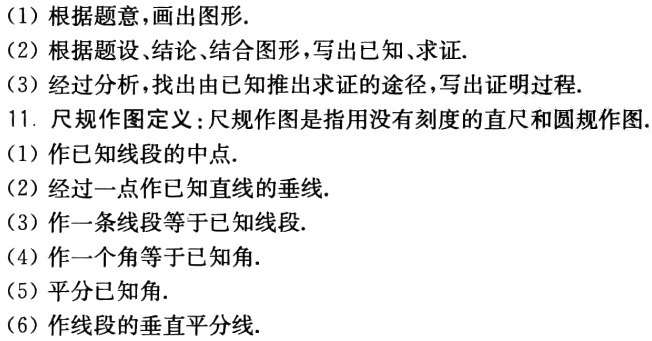
（1）根据题意，画出图形.
（2）根据题设、结论、结合图形，写出已知、求证.
（3）经过分析，找出由已知推出求证的途径，写出证明过程.
11. 尺规作图定义：尺规作图是指用没有刻度的直尺和圆规作图.
（1）作已知线段的中点.
（2）经过一点作已知直线的垂线.
（3）作一条线段等于已知线段.
（4）作一个角等于已知角.
（5）平分已知角.
（6）作线段的垂直平分线.